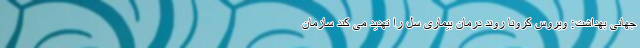
جهانی بهداشت: ویروس کرونا روند درمان بیماری سل را تهدید می کند سازمان